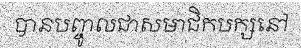
បានបញ្ចូលជាសមាជិកបក្សនៅ